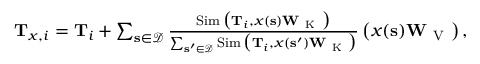
\begin{array} { r } { \mathbf { T } _ { \boldsymbol { x } , i } = \mathbf { T } _ { i } + \sum _ { \mathbf { s } \in \mathcal { D } } \frac { \operatorname { S i m } \big ( \mathbf { T } _ { i } , \boldsymbol { x } ( \mathbf { s } ) \mathbf { W } _ { \mathrm { ~ K ~ } } \big ) } { \sum _ { \mathbf { s ^ { \prime } } \in \mathcal { D } } \operatorname { S i m } \big ( \mathbf { T } _ { i } , \boldsymbol { x } ( \mathbf { s ^ { \prime } } ) \mathbf { W } _ { \mathrm { ~ K ~ } } \big ) } \left( \boldsymbol { x } ( \mathbf { s } ) \mathbf { W } _ { \mathrm { ~ V ~ } } \right) , } \end{array}